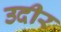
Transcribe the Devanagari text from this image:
उदीर